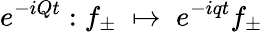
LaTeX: e^{-iQt}:f_{\pm}\; \mapsto\; e^{-iqt}f_{\pm}